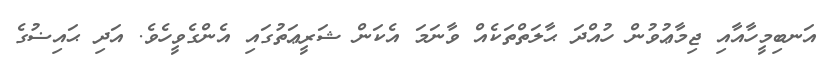
އަނބިމީހާއާއި ޖިމާޢުވުން ހުއްދަ ޙާލަތްތަކެއް ވާނަމަ އެކަން ޝަރީޢަތުގައި އެންގެވީހެވެ. އަދި ޙައިޟުގެ